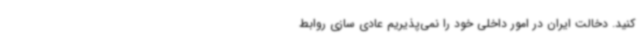
کنید. دخالت ایران در امور داخلی خود را نمی‌پذیریم عادی سازی روابط